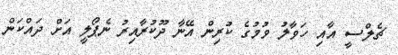
ޗެލްސީ އާއި ހަވާލު ވުމުގެ ކުރިން އޭނާ ދޫކުރާއިރު ނެޕޯލީ އަށް ދައްކަން